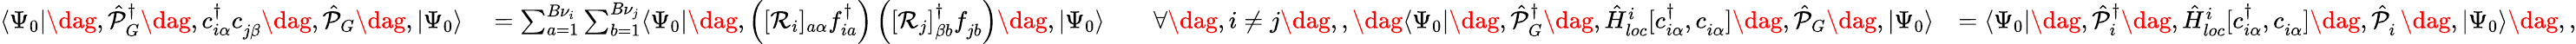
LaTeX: \begin{array}{rlr}{\langle\Psi_{0}|\dag,\hat{\mathcal{P}}_{G}^{\dagger}\dag,c_{i\alpha}^{\dagger}c_{j\beta}^{\phantom{\dagger}}\dag,\hat{\mathcal{P}}_{G}\dag,|\Psi_{0}\rangle}&{{}=\sum_{a=1}^{B{\nu}_{i}}\sum_{b=1}^{B{\nu}_{j}}\langle\Psi_{0}|\dag,\left([\mathcal{R}_{i}]_{a\alpha}f_{ia}^{\dagger}\right)\left([\mathcal{R}_{j}]_{\beta b}^{\dagger}f_{jb}^{\phantom{\dagger}}\right)\dag,|\Psi_{0}\rangle\qquad\forall\dag,i\neq j\dag,,\dag\langle\Psi_{0}|\dag,\hat{\mathcal{P}}_{G}^{\dagger}\dag,\hat{H}_{loc}^{i}[c_{i\alpha}^{\dagger},c_{i\alpha}^{\phantom{\dagger}}]\dag,\hat{\mathcal{P}}_{G}\dag,|\Psi_{0}\rangle}&{=\langle\Psi_{0}|\dag,\hat{\mathcal{P}}_{i}^{{\dagger}}\dag,\hat{H}_{loc}^{i}[c_{i\alpha}^{\dagger},c_{i\alpha}^{\phantom{\dagger}}]\dag,\hat{\mathcal{P}}_{i}^{\phantom{\dagger}}\dag,|\Psi_{0}\rangle\dag,,}\end{array}